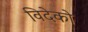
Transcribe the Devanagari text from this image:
विदेको